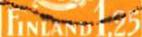
FINLAND1.25